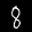
Label: 8